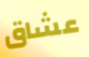
عشاق